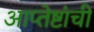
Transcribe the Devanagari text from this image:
आप्तेष्टांची